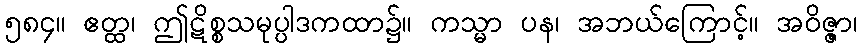
၅၈၄။ ဧတ္ထ၊ ဤဋိစ္စသမုပ္ပါဒကထာ၌။ ကသ္မာ ပန၊ အဘယ်ကြောင့်။ အဝိဇ္ဇာ၊